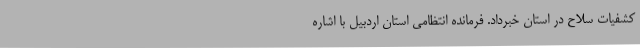
کشفیات سلاح در استان خبرداد. فرمانده انتظامی استان اردبیل با اشاره